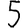
Digit: 5